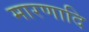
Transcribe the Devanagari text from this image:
मारणादि